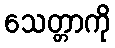
သေတ္တာကို